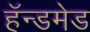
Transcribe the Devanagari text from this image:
हॅन्डमेड